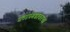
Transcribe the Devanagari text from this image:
प्रतापगडावरचा